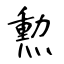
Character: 勲